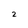
Character: 2